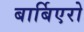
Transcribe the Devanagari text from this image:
बार्बिएरो